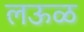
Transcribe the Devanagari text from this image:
लऊळ